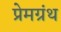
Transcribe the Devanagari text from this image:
प्रेमग्रंथ